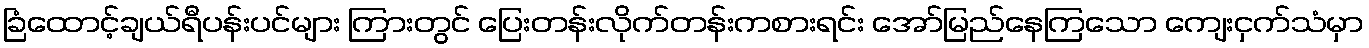
ခြံထောင့်ချယ်ရီပန်းပင်များ ကြားတွင် ပြေးတန်းလိုက်တန်းကစားရင်း အော်မြည်နေကြသော ကျေးငှက်သံမှာ